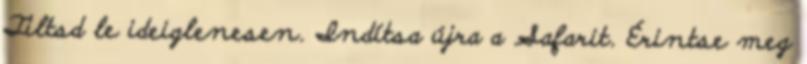
Tiltsd le ideiglenesen. Indítsa újra a Safarit. Érintse meg